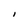
Character: l